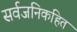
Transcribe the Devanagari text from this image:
सर्वजनिकहित